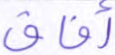
أفاق